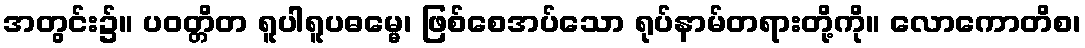
အတွင်း၌။ ပဝတ္တိတ ရူပါရူပဓမ္မေ၊ ဖြစ်စေအပ်သော ရုပ်နာမ်တရားတို့ကို။ လောကောတိစ၊